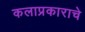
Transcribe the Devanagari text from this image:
कलाप्रकाराचे